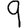
Digit: 9